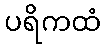
ပရိကထံ